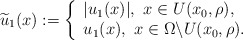
\begin{align*}\widetilde{u}_{1}(x):=\left\{\begin{array}{ll} |u_{1}(x)|,\,\,x\in U(x_{0},\rho),\\ u_{1}(x), \,\,x\in \Omega\backslash U(x_{0},\rho). \\\end{array}\right.\end{align*}